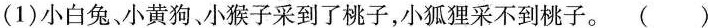
(1)小白兔小黄狗、小猴子采到了桃子，小狐狸采不到桃子。()